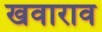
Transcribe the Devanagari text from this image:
खवाराव